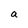
Character: a